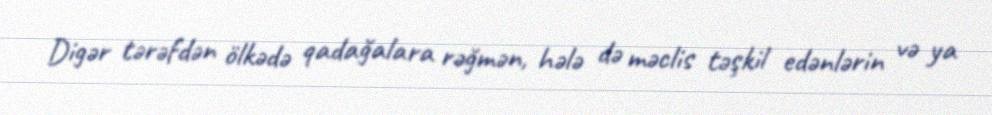
Digər tərəfdən ölkədə qadağalara rəğmən, hələ də məclis təşkil edənlərin və ya